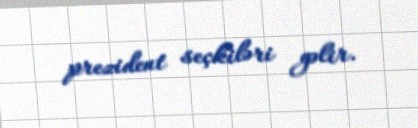
prezident seçkiləri gəlir.